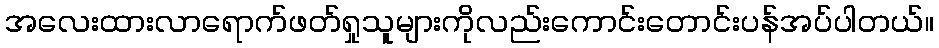
အလေးထားလာရောက်ဖတ်ရှုသူများကိုလည်းကောင်းတောင်းပန်အပ်ပါတယ်။